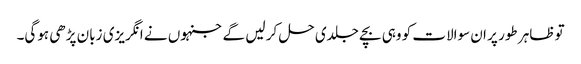
تو ظاہر طور پر ان سوالات کو وہی بچے جلدی حل کر لیں گے جنہوں نے انگریزی زبان پڑھی ہوگی۔